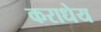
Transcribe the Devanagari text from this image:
कराधेय